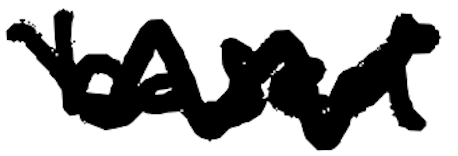
Text: based
Cross-out: zig-zag
Writing tool: digital_black